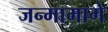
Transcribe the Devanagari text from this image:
जन्मामागे